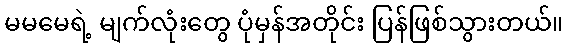
မမမေရဲ့ မျက်လုံးတွေ ပုံမှန်အတိုင်း ပြန်ဖြစ်သွားတယ်။